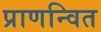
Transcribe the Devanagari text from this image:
प्राणन्वित